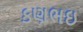
કણભઇ